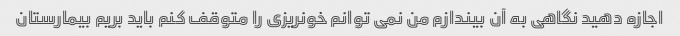
اجازه دهید نگاهی به آن بیندازم من نمی توانم خونریزی را متوقف کنم باید بریم بیمارستان